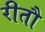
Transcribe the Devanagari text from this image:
रीतौ